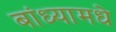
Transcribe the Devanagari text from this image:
बांध्यामधे